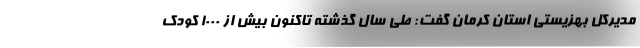
مدیرکل بهزیستی استان کرمان گفت: طی سال گذشته تاکنون بیش از 1000 کودک